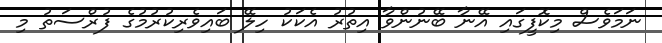
ނަމަވެސް މިކޮފީގައި އޭނާ ބޭނުންވާ އިތުރު އެކަކު ހިލޭ ބައިވެރިކުރުމުގެ ފުރްސަތު މި